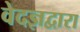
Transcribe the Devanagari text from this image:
वेदज्ञद्वारा